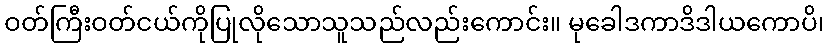
ဝတ်ကြီးဝတ်ငယ်ကိုပြုလိုသောသူသည်လည်းကောင်း။ မုခေါဒကာဒိဒါယကောပိ၊